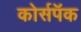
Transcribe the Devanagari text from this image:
कोर्सपॅक